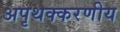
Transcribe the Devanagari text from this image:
अपृथक्करणीय